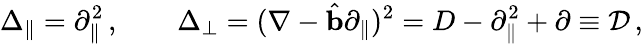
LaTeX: \Delta_{\parallel}=\partial_{\parallel}^{2}\, ,\qquad\Delta_{\perp}=(\nabla-\hat{\textbf{b}}\partial_{\parallel})^{2}=D-\partial_{\parallel}^{2}+\partial\equiv\mathcal{D}\, ,